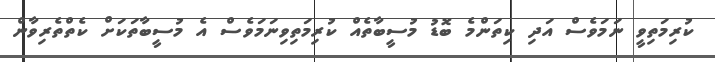
ކުރިމަތިވީ ނަމަވެސް އަދި ކިތަންމެ ބޮޑު މުސީބާތެއް ކުރިމަތިވިނަމަވެސް އެ މުސީބާތަކަށް ކެތްތެރިވާން